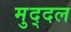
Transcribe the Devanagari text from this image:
मुद्दल